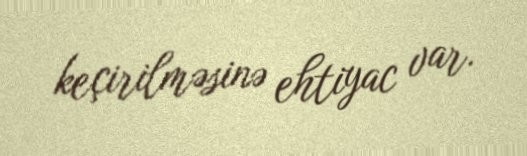
keçirilməsinə ehtiyac var.